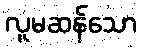
လူမဆန်သော